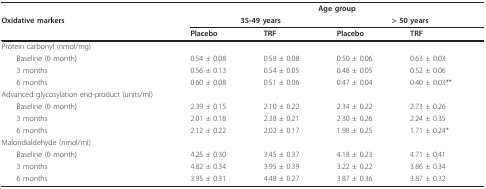
<table><thead><tr><td></td><td colspan="4"><b>Age group</b></td></tr><tr><td><b>Oxidative markers</b></td><td colspan="2"><b>35-49 years</b></td><td colspan="2"><b>&gt; 50 years</b></td></tr><tr><td></td><td><b>Placebo</b></td><td><b>TRF</b></td><td><b>Placebo</b></td><td><b>TRF</b></td></tr></thead><tbody><tr><td>Protein carbonyl (nmol/mg)</td><td></td><td></td><td></td><td></td></tr><tr><td> Baseline (0 month)</td><td>0.54 ± 0.08</td><td>0.58 ± 0.08</td><td>0.50 ± 0.06</td><td>0.63 ± 0.03</td></tr><tr><td> 3 months</td><td>0.56 ± 0.13</td><td>0.54 ± 0.05</td><td>0.48 ± 0.05</td><td>0.52 ± 0.06</td></tr><tr><td> 6 months</td><td>0.60 ± 0.08</td><td>0.51 ± 0.06</td><td>0.47 ± 0.04</td><td>0.40 ± 0.03**</td></tr><tr><td>Advanced glycosylation end-product (units/ml)</td><td></td><td></td><td></td><td></td></tr><tr><td> Baseline (0 month)</td><td>2.39 ± 0.15</td><td>2.10 ± 0.22</td><td>2.34 ± 0.22</td><td>2.73 ± 0.26</td></tr><tr><td> 3 months</td><td>2.01 ± 0.18</td><td>2.38 ± 0.21</td><td>2.30 ± 0.26</td><td>2.24 ± 0.35</td></tr><tr><td> 6 months</td><td>2.12 ± 0.22</td><td>2.02 ± 0.17</td><td>1.98 ± 0.25</td><td>1.71 ± 0.24*</td></tr><tr><td>Malondialdehyde (nmol/ml)</td><td></td><td></td><td></td><td></td></tr><tr><td> Baseline (0 month)</td><td>4.25 ± 0.30</td><td>3.45 ± 0.37</td><td>4.18 ± 0.23</td><td>4.71 ± 0.41</td></tr><tr><td> 3 months</td><td>4.82 ± 0.34</td><td>3.95 ± 0.39</td><td>3.22 ± 0.22</td><td>3.86 ± 0.34</td></tr><tr><td> 6 months</td><td>3.95 ± 0.31</td><td>4.48 ± 0.27</td><td>3.87 ± 0.36</td><td>3.87 ± 0.32</td></tr></tbody></table>